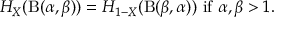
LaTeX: H _ { X } ( \mathrm { B } ( \alpha , \beta ) ) = H _ { 1 - X } ( \mathrm { B } ( \beta , \alpha ) ) { \mathrm { ~ i f ~ } } \alpha , \beta > 1 .